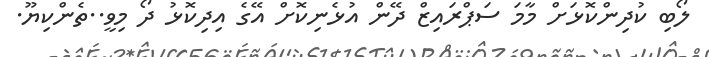
ލޯބި ކުދިންކޮޅަށް މާމަ ސަޕްރައިޒް ދޭން އުޅެނިކޮށް އޭގެ އިދިކޮޅު ދޯ މިވީ..ތެންކިޔޫ.